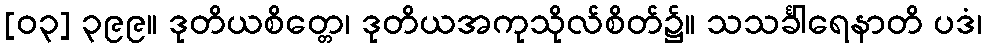
[၀၃] ၃၉၉။ ဒုတိယစိတ္တေ၊ ဒုတိယအကုသိုလ်စိတ်၌။ သသင်္ခါရေနာတိ ပဒံ၊